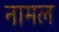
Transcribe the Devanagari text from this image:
नामल